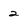
Character: 2